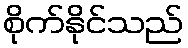
စိုက်နိုင်သည်